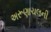
અરૂણાચલની